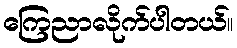
ကြေညာလိုက်ပါတယ်။